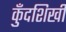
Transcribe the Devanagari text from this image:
कुँदशिखी